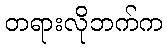
တရားလိုဘက်က